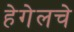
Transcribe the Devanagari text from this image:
हेगेलचे